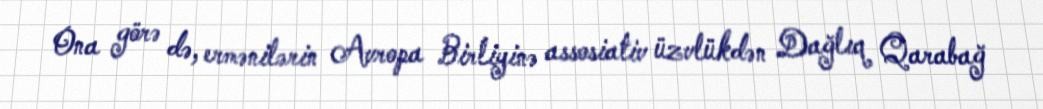
Ona görə də, ermənilərin Avropa Birliyinə assosiativ üzvlükdən Dağlıq Qarabağ